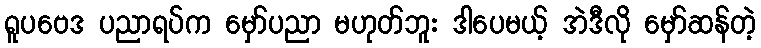
ရူပဗေဒ ပညာရပ်က မှော်ပညာ မဟုတ်ဘူး ဒါပေမယ့် အဲဒီလို မှော်ဆန်တဲ့